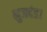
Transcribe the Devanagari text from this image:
भुजदंड।